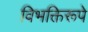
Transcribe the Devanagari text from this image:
विभक्तिरूपे